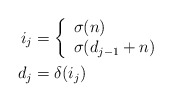
\begin{align*}i_j &=\left\{\begin{array}{ll}\sigma(n) & \\\sigma(d_{j-1} + n) &\end{array}\right. \\d_j &= \delta(i_j)\end{align*}